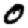
Digit: 0